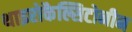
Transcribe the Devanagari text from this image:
थाइरोकैल्सिटोनीन